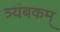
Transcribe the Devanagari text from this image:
त्र्यंबकम्